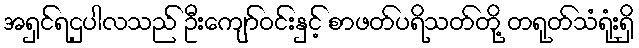
အရှင်ရဌပါလသည် ဦးကျော်ဝင်းနှင့် စာဖတ်ပရိသတ်တို့ တရုတ်သံရုံးရှိ